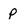
Character: p